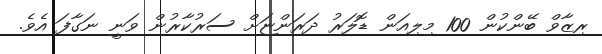
ރިޒާވް ބޭންކުން 100 މިލިއަން ޑޮލަރު ދަރަންޏަށް ސަރުކާރުން ވަނީ ނަގާފަ އެވެ.